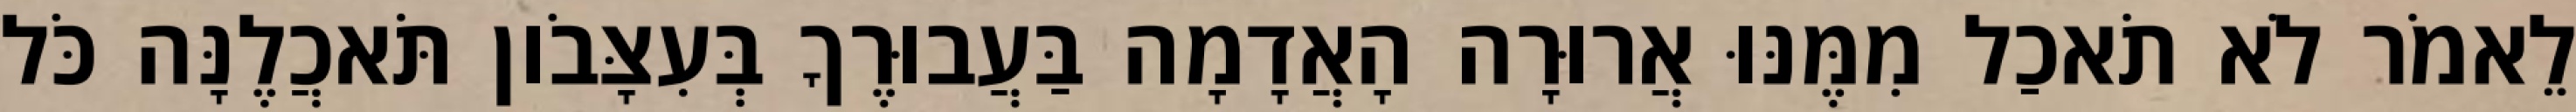
לֵאמֹר לֹא תֹאכַל מִמֶּנּוּ אֲרוּרָה הָאֲדָמָה בַּעֲבוּרֶךָ בְּעִצָּבֹון תֹּאכֲלֶנָּה כֹּל